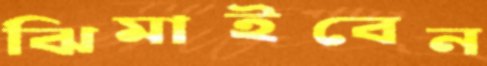
ঝিমাইবেন